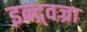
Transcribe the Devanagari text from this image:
इन्द्र्वज्रा